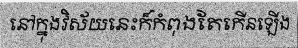
នៅក្នុងវិស័យនេះក៏កំពុងតែកើនឡើង